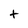
Character: t